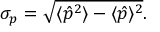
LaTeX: \sigma _ { p } = { \sqrt { \langle { \hat { p } } ^ { 2 } \rangle - \langle { \hat { p } } \rangle ^ { 2 } } } .